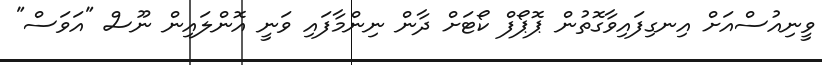
ވީނިއުސްއަށް އިނގިފައިވާގޮތުން ޕޮޕޯފް ކޯޓަށް ދާން ނިންމާފައި ވަނީ އޮންލައިން ނޫސް "އަވަސް"